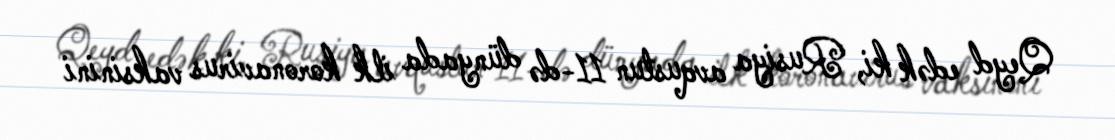
Qeyd edək ki, Rusiya avqustun 11-də dünyada ilk koronavirus vaksinini